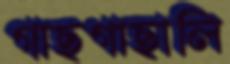
গাছগাছালি